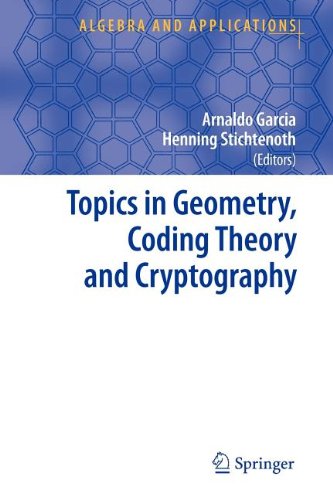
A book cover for Topics in Geometry, Coding Theory and Cryptography (Algebra and Applications); Computers & Technology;